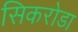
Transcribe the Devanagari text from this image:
सिकरोडा